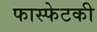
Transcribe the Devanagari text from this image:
फास्फेटकी